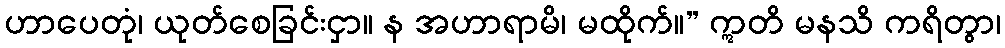
ဟာပေတုံ၊ ယုတ်စေခြင်းငှာ။ န အဟာရာမိ၊ မထိုက်။” ဣတိ မနသိ ကရိတွာ၊